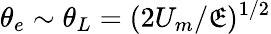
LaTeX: \theta_{e}\sim\theta_{L}=(2U_{m}/\mathfrak{E})^{1/2}